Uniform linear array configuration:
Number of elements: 8
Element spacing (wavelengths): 0.25
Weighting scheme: binomial
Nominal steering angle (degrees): -15
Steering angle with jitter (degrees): -16.948
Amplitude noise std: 0.05
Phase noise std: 0.05

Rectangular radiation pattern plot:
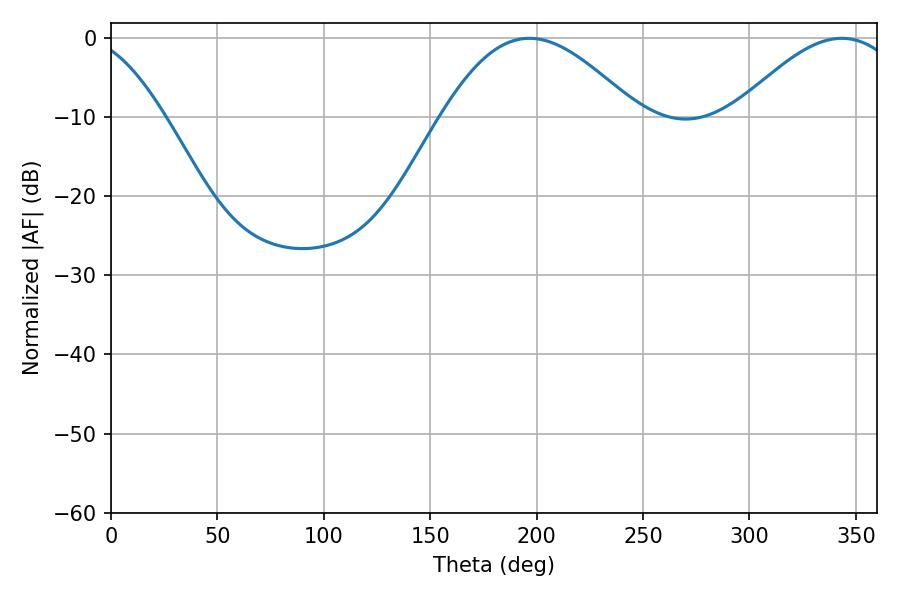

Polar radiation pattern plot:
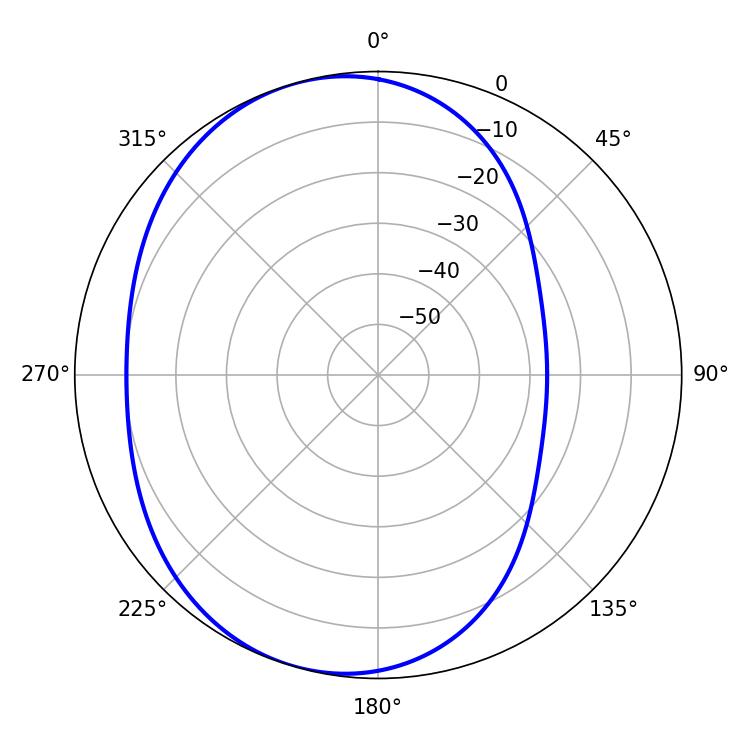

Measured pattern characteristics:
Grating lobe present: FALSE
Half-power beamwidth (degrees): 49.32
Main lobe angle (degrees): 196.56